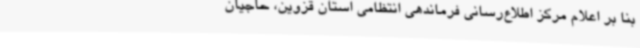
بنا بر اعلام مرکز اطلاع‌رسانی فرماندهی انتظامی استان قزوین، حاجیان